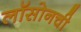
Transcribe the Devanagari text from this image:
लॉसोनची